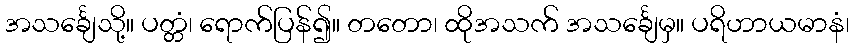
အသင်္ချေသို့။ ပတ္တံ၊ ရောက်ပြန်၍။ တတော၊ ထိုအသက် အသင်္ချေမှ။ ပရိဟာယမာနံ၊